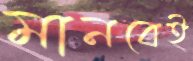
মানবেই